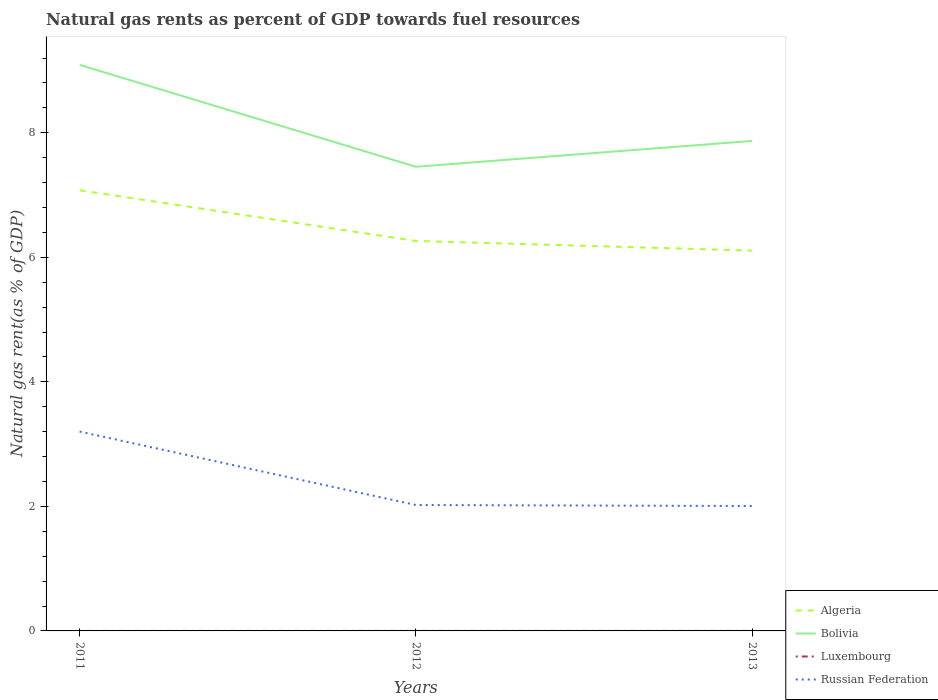
| Years | Algeria | Bolivia | Luxembourg | Russian Federation |
 | --- | --- | --- | --- | --- |
 | 2011 | 7.08 | 9.09 | 0.000217 | 3.2 |
 | 2012 | 6.26 | 7.45 | 0.000719 | 2.02 |
 | 2013 | 6.11 | 7.87 | 0.0007 | 2.01 |